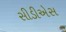
સીડીએસ